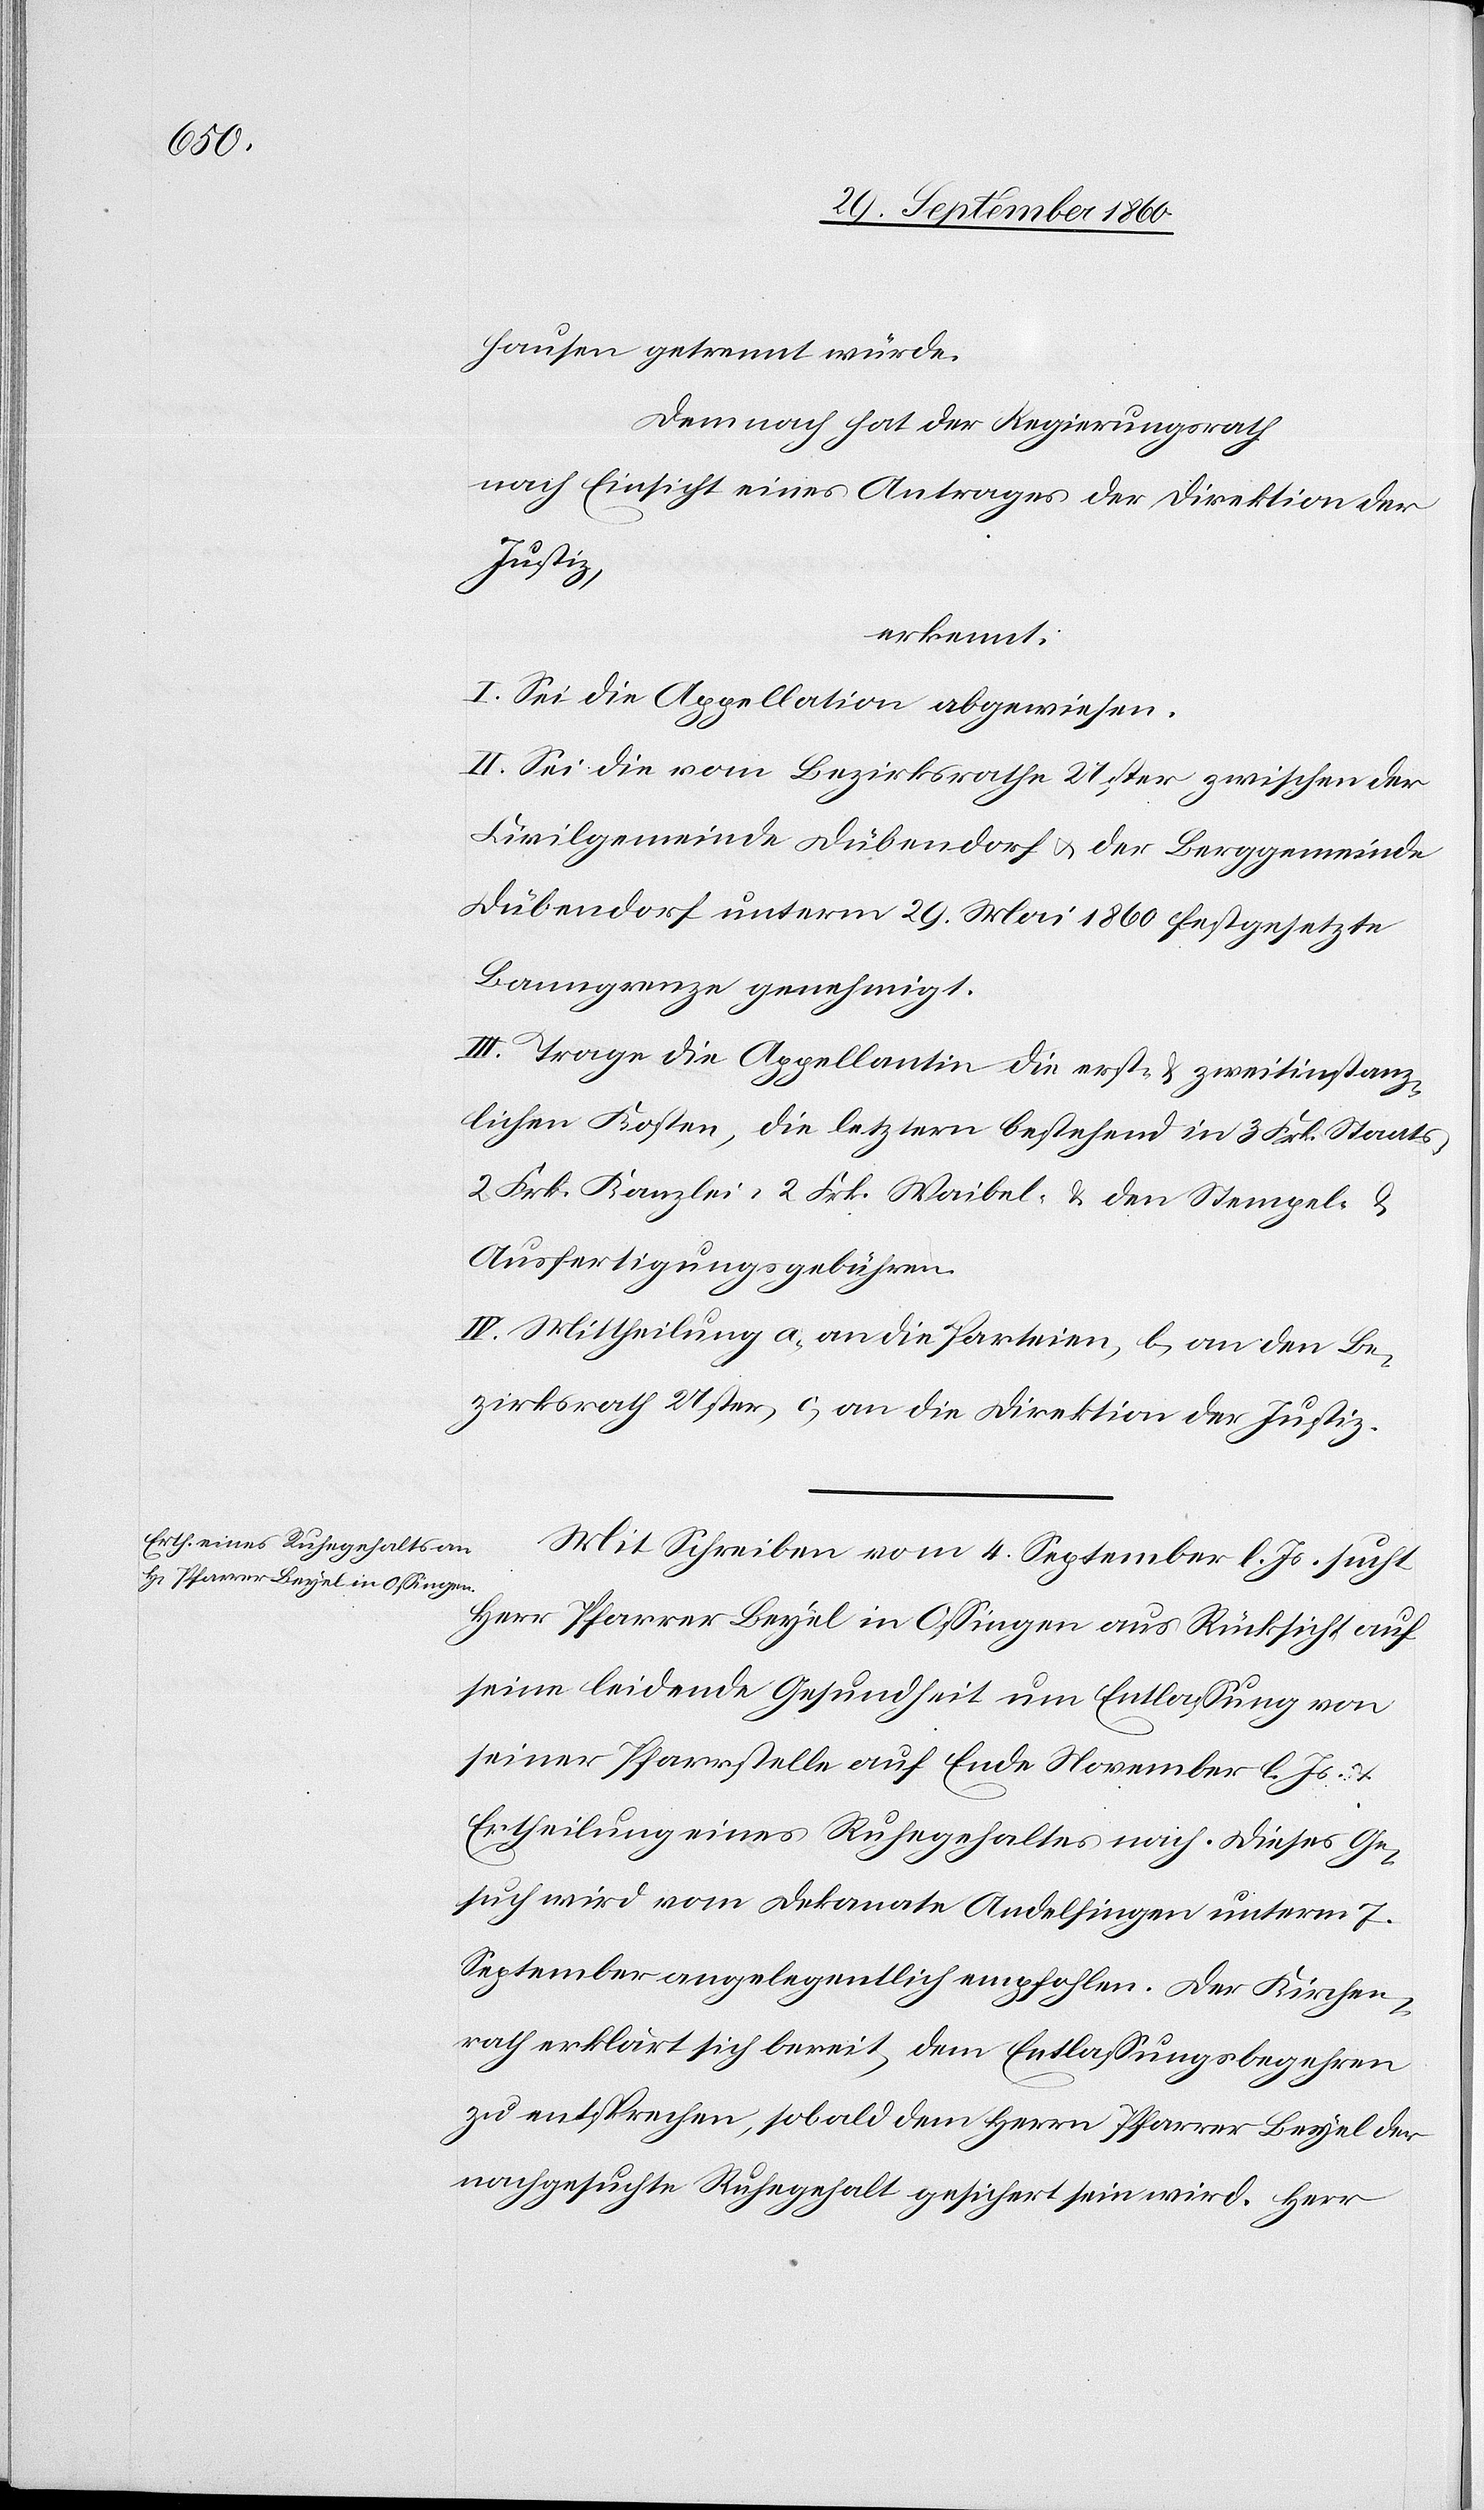
hausen getrennt würde.
Demnach hat der Regierungsrath
nach Einsicht eines Antrages der Direktion der
Justiz,
erkennt:
I. Sei die Appellation abgewiesen.
II. Sei die vom Bezirksrathe Uster zwischen der
Civilgemeinde Dübendorf u. der Berggemeinde
Dübendorf unterm 19. Mai 1860 festgesetzte
Banngrenze genehmigt.
II. Trage die Appellantin die erst- & zweitinstanz¬
lichen Kosten, die letztern bestehend in 3 Frk. Staats-[,]
2 Frk. Kanzlei-[,] 2 Frk. Waibel- & den Stempel. u.
Ausfertigungsgebühren.
IV. Mittheilung a. an die Parteien, b. an den Be¬
zirksrath Uster, c. an die Direktion der Justiz.
Mit Schreiben vom 4. September l. Js. sucht
Herr Pfarrer Beyel in Ossingen aus Rücksicht auf
seine leidende Gesundheit um Entlassung von
seiner Pfarrstelle auf Ende November l. Js. u.
Ertheilung eines Ruhegehaltes nach. Dieses Ge¬
such wird vom Dekanate Andelfingen unterm 7.
September angelegentlich empfohlen. Der Kirchen¬
rath erklärt sich bereit, dem Entlassungsbegehren
zu entsprechen, sobald dem Herrn Pfarrer Beyel der
nachgesuchte Ruhegehalt gesichert sein wird. Herr